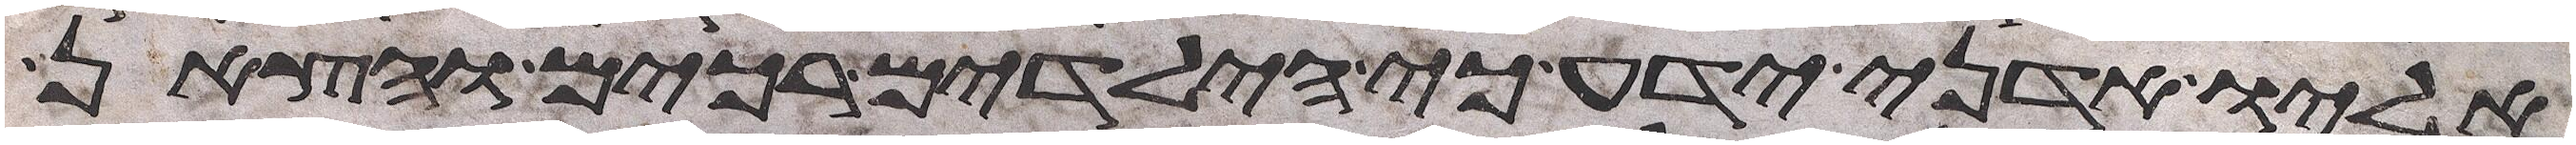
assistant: אליו אדני ידע כי הילדים רכים והצאן